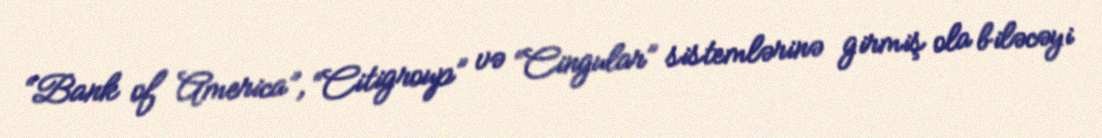
“Bank of America”, “Citigroup” və “Cingular” sistemlərinə girmiş ola biləcəyi